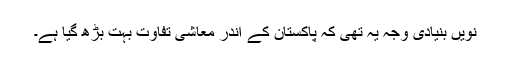
نویں بنیادی وجہ یہ تھی کہ پاکستان کے اندر معاشی تفاوت بہت بڑھ گیا ہے۔